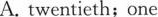
A.twentieth;one